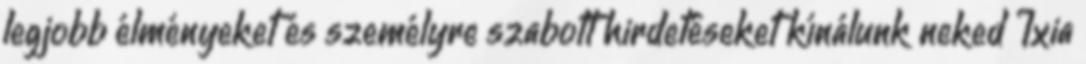
legjobb élményeket és személyre szabott hirdetéseket kínálunk neked Ixia